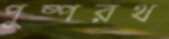
পুষ্পরথ